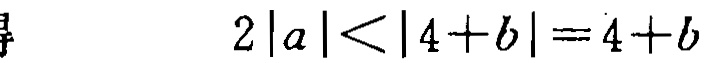
$2|a|<|4 + b| = 4 + b$